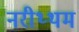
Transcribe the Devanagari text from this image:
नरीथ्थम